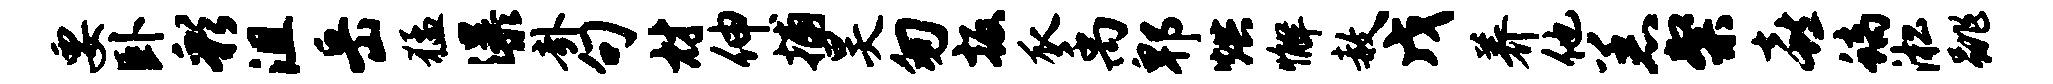
要卧彩沮岳猛瀑卦句材伸捕昊匆扳瓜禹郫烘懈赦戊养他恙粲喜螭淞跳